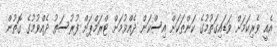
އެއީ ވެރިކަމަށް ވަޑައިގަތުމުގެ ކަންތަކަށް އިސްކަން ދެއްވުމަށް ޓްރަމްޕަށް ފުރުސަތު ދެއްވުމުގެ ގޮތުން